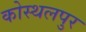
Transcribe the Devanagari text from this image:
कोस्थलपुर